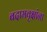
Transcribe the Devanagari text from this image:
बदामवृक्षांना